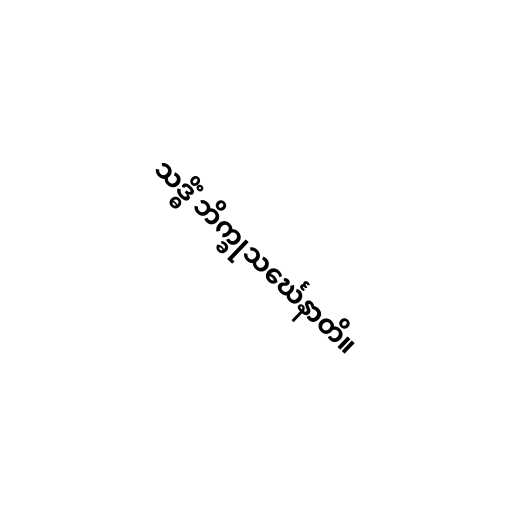
သဒ္ဓိံ ဘိက္ခုသင်္ဃေနာတိ။